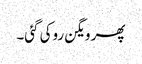
پھر ویگن روکی گئی۔